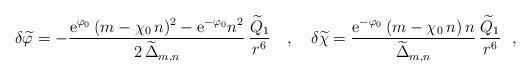
LaTeX: \begin{align*}\delta{\widetilde\varphi}= - \frac{{\rm e}^{\varphi_0}\,(m-\chi_0\,n)^2-{\rm e}^{-\varphi_0}n^2}{2\,{\widetilde\Delta}_{m,n}}\,\frac{{\widetilde Q}_1}{r^6} ~~~,~~~\delta{\widetilde\chi} = \frac{{\rm e}^{-\varphi_0}\,(m-\chi_0\,n)\,n}{{\widetilde\Delta}_{m,n}}\,\frac{{\widetilde Q}_1}{r^6 }~~,\end{align*}